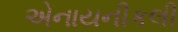
એનાયનીકલી